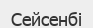
Сейсенбі